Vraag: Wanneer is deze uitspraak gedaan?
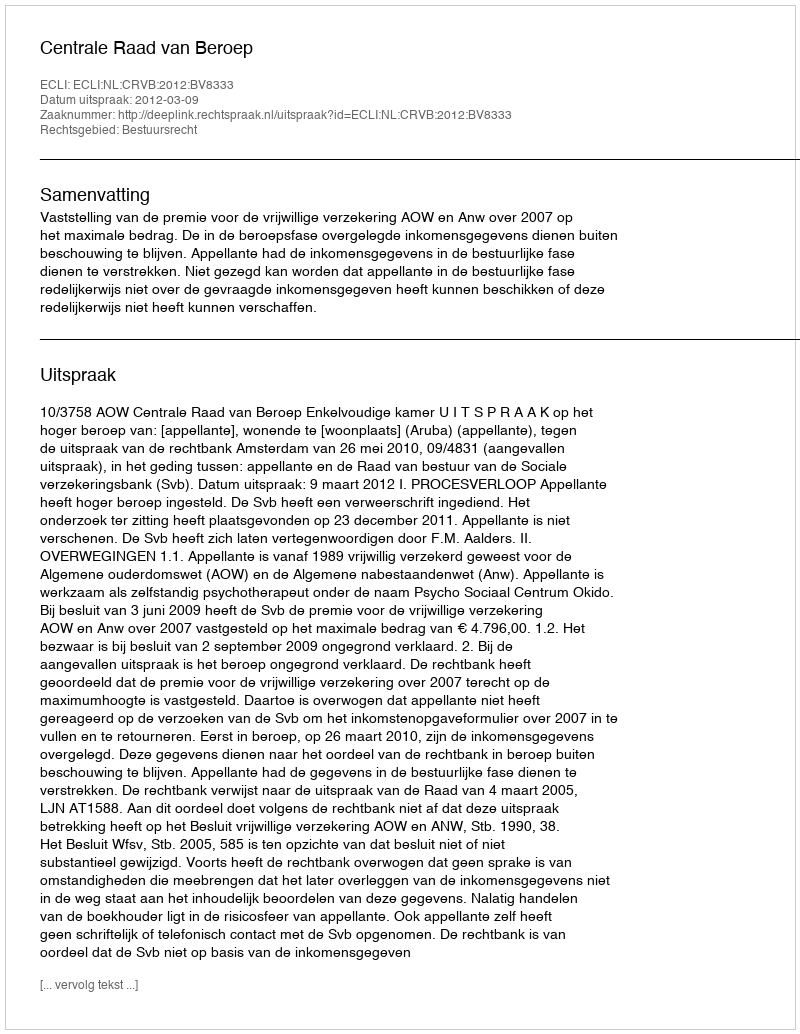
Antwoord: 2012-03-09